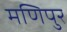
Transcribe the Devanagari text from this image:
मणिपुर